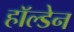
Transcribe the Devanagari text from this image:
हाॅल्डेन